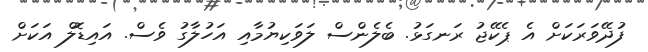
ފުދޭވަރަކަށް އެ ޕެކޭޖު ރަނގަޅު. ބެލެންސް ލަވަކިޔުމާއި އަހުލާގު ވެސް. އައިޑޮލް އަކަށް